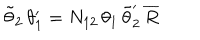
LaTeX: \tilde { \theta } _ { 2 } \, \theta _ { 1 } ^ { \prime } = N _ { 1 2 } \, \theta _ { 1 } \, \tilde { \theta } _ { 2 } ^ { \prime } \, \overline { { { R } } }